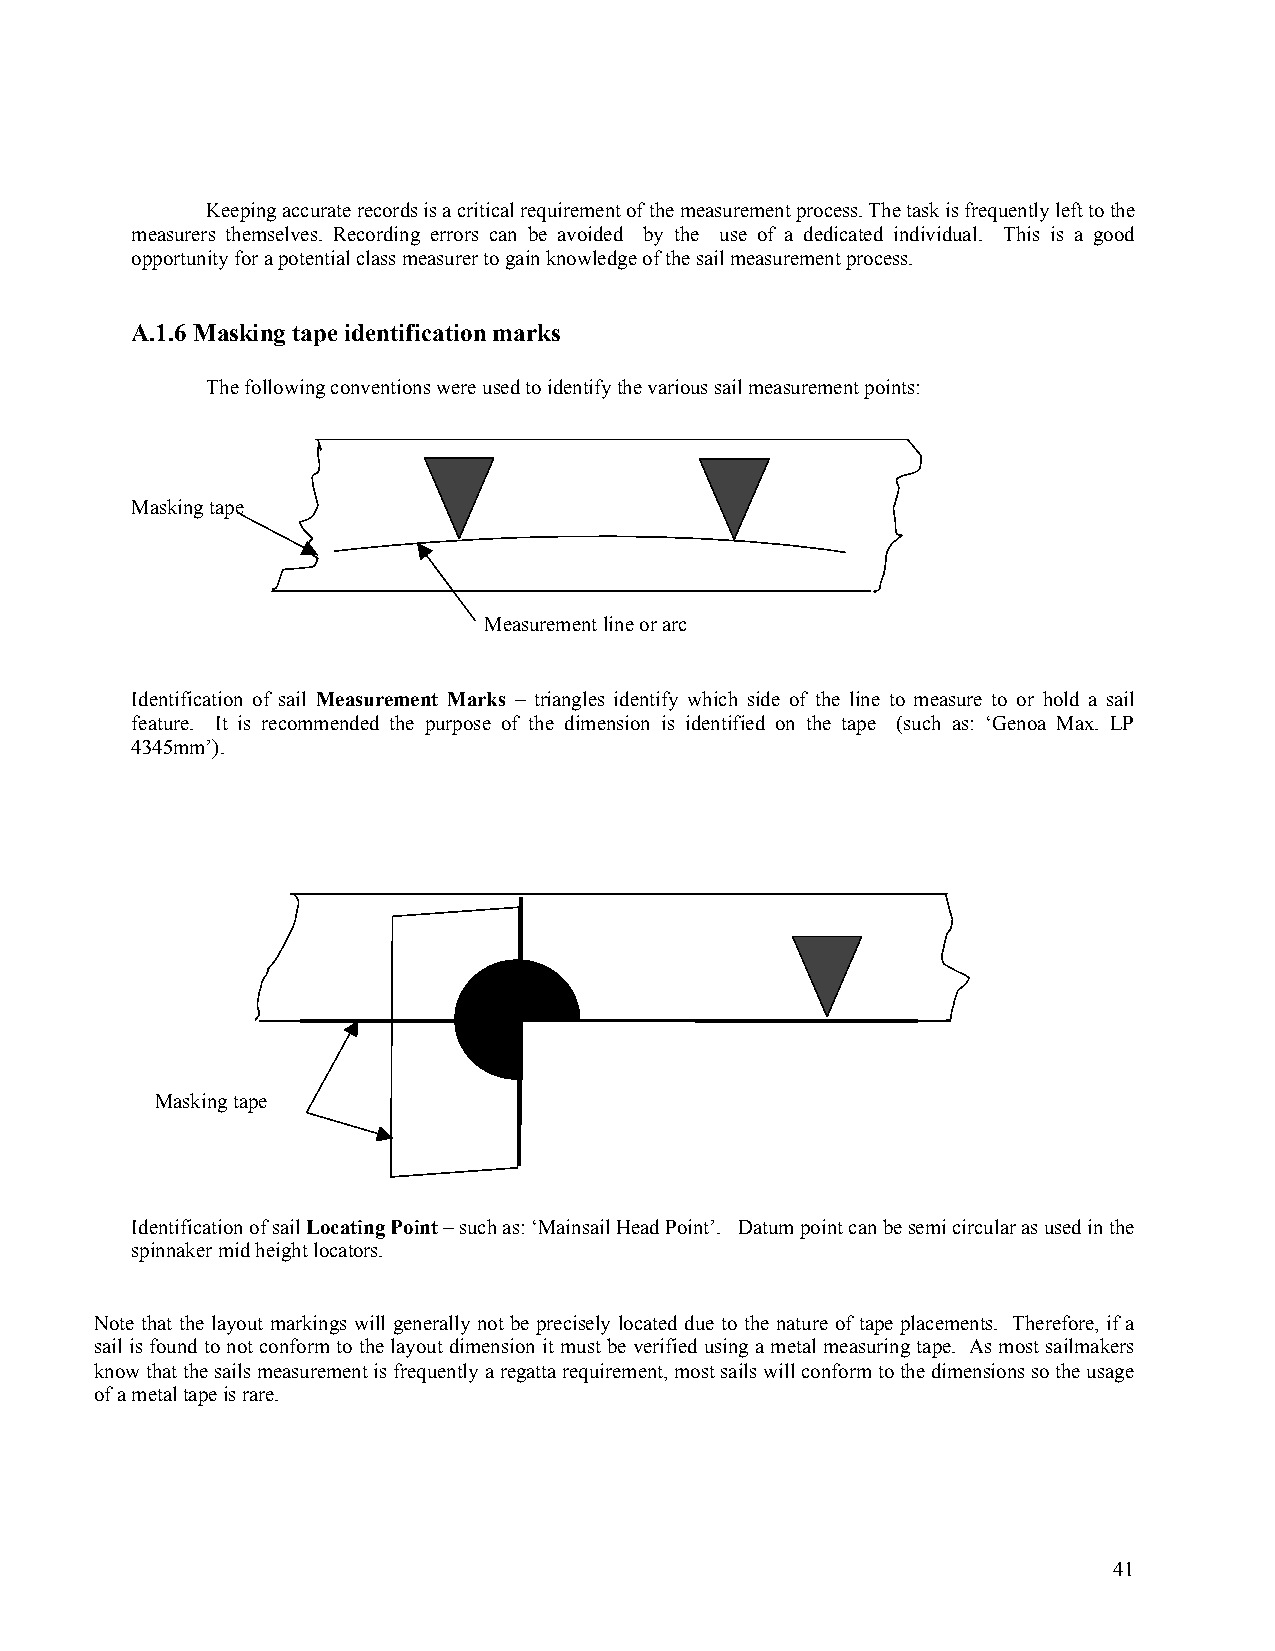
Keeping accurate records is a critical requirement of the measurement process. The task is frequently left to the
 measurers themselves. Recording errors can be avoided by the use of a dedicated individual. This is a good
 opportunity for a potential class measurer to gain knowledge of the sail measurement process.
 A.1.6 Masking tape identification marks
 The following conventions were used to identify the various sail measurement points:
 Masking tape
 Measurement line or arc
 Identification of sail Measurement Marks – triangles identify which side of the line to measure to or hold a sail
 feature. It is recommended the purpose of the dimension is identified on the tape (such as: ‘Genoa Max. LP
 4345mm’).
 Masking tape
 Identification of sail Locating Point – such as: ‘Mainsail Head Point’. Datum point can be semi circular as used in the
 spinnaker mid height locators.
 Note that the layout markings will generally not be precisely located due to the nature of tape placements. Therefore, if a
 sail is found to not conform to the layout dimension it must be verified using a metal measuring tape. As most sailmakers
 know that the sails measurement is frequently a regatta requirement, most sails will conform to the dimensions so the usage
 of a metal tape is rare.
 41